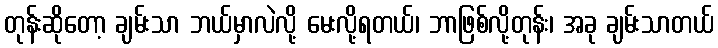
တုန်းဆိုတော့ ချမ်းသာ ဘယ်မှာလဲလို့ မေးလို့ရတယ်၊ ဘာဖြစ်လို့တုန်း၊ အခု ချမ်းသာတယ်